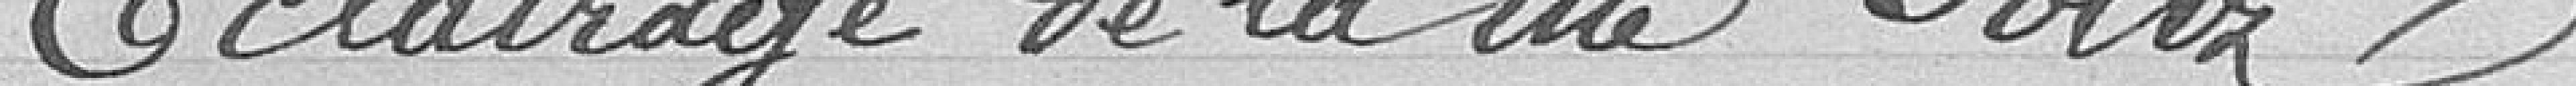
Eclairage de la rue Foltz